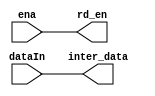
`timescale 1ns / 1ps
//////////////////////////////////////////////////////////////////////////////////
// Company: 
// Engineer: 
// 
// Design Name: 
// Module Name: interpolation
// Project Name: 
// Target Devices: 
// Tool Versions: 
// Description: 
// 
// Dependencies: 
// 
// Revision:
// Revision 0.01 - File Created
// Additional Comments:
// 
//////////////////////////////////////////////////////////////////////////////////

module NO_INTERPOLATION#(
    parameter DATA_WIDTH = 14
    )
    (
    input ena, // fifoabove half, above half  rst_done
    output rd_en,
    input signed[DATA_WIDTH-1:0] dataIn, 
    output signed[DATA_WIDTH-1:0] inter_data 
    );

    assign rd_en = ena;
    assign inter_data = dataIn;
    
endmodule